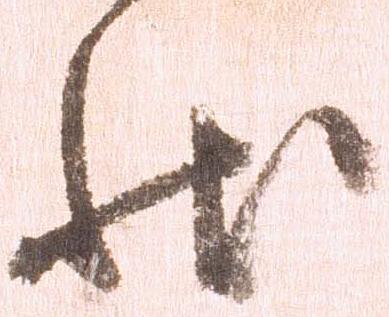
状